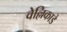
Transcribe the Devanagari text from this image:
वेल्लिकाडे